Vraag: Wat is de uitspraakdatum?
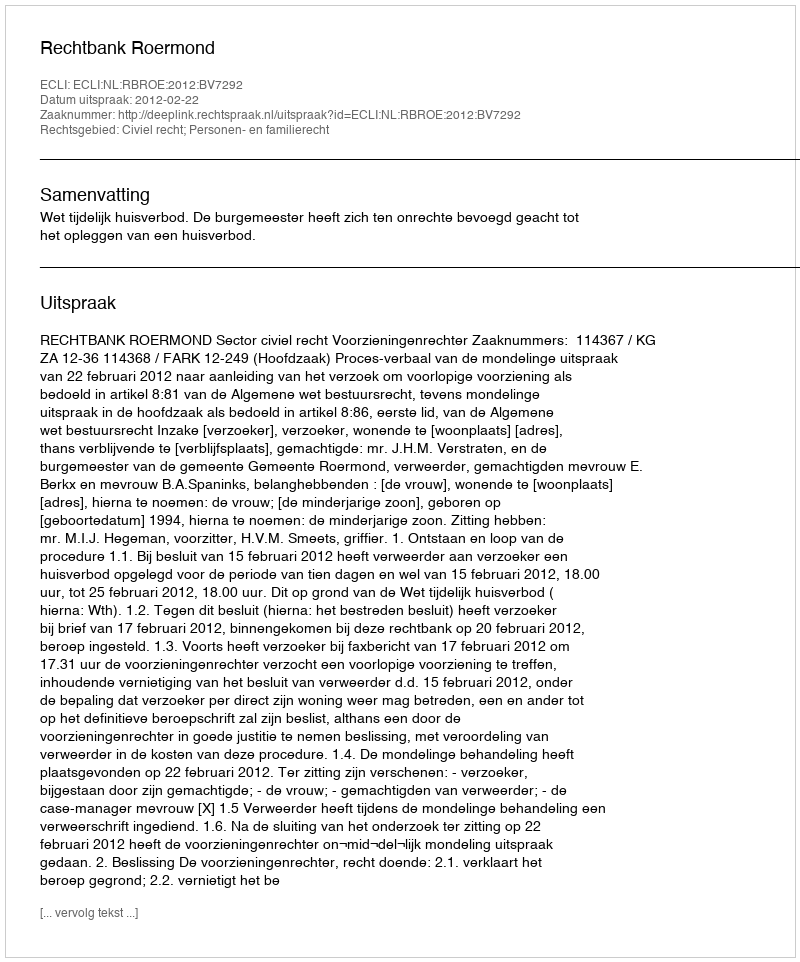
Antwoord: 2012-02-22